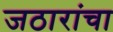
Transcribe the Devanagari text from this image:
जठारांचा